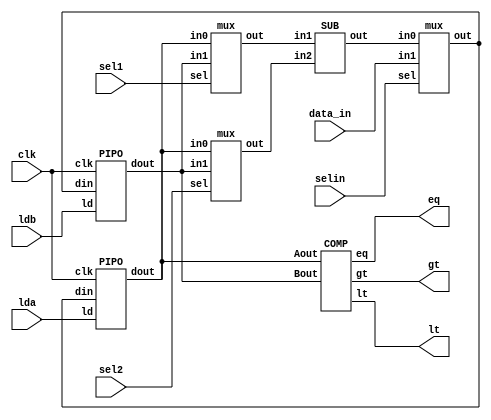
module GCD_datapath(lt,gt,eq,lda,ldb,sel1,sel2,data_in,selin,clk);
  input lda,ldb,sel1,sel2,selin,clk;
  input[15:0] data_in;
  output lt,gt,eq;
  wire[15:0] Aout,Bout,X,Y,bus,subout;
    PIPO A(Aout,lda,bus,clk);
    PIPO B(Bout,ldb,bus,clk);
    mux mux1(X,Aout,Bout,sel1);
    mux mux2(Y,Aout,Bout,sel2);
    mux mux3(bus,subout,data_in,selin);
    SUB S(subout,X,Y);
    COMP C(lt,gt,eq,Aout,Bout);
endmodule

module PIPO(dout,ld,din,clk);
  input[15:0] din;
  output reg[15:0] dout;
  input ld,clk;
    always@(posedge clk)
    if(ld)
    dout <= din;
endmodule

module mux(out,in0,in1,sel);
  input sel;
  input[15:0] in0,in1;
  output[15:0] out;
    assign out = (sel) ? in1:in0;
endmodule

module SUB(out,in1,in2);
  input[15:0] in1,in2;
  output reg[15:0] out;
    always@(*)
    out <= in1-in2;
endmodule

module COMP(lt,gt,eq,Aout,Bout);
  input[15:0] Aout,Bout;
  output lt,gt,eq;
    assign lt = Aout<Bout;
    assign gt = Aout>Bout;
    assign eq = Aout==Bout;
endmodule